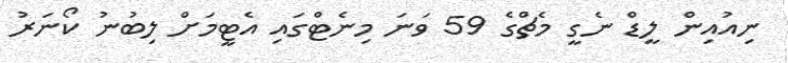
ނިއުއިން ލީޑް ނެގީ މެޗްގެ 59 ވަނަ މިނެޓްގައި އެޓީމަށް ލިބުނު ކޯނަރު